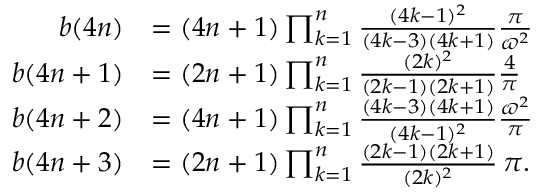
{ \begin{array} { r l } { b ( 4 n ) } & { = ( 4 n + 1 ) \prod _ { k = 1 } ^ { n } { \frac { ( 4 k - 1 ) ^ { 2 } } { ( 4 k - 3 ) ( 4 k + 1 ) } } { \frac { \pi } { \varpi ^ { 2 } } } } \\ { b ( 4 n + 1 ) } & { = ( 2 n + 1 ) \prod _ { k = 1 } ^ { n } { \frac { ( 2 k ) ^ { 2 } } { ( 2 k - 1 ) ( 2 k + 1 ) } } { \frac { 4 } { \pi } } } \\ { b ( 4 n + 2 ) } & { = ( 4 n + 1 ) \prod _ { k = 1 } ^ { n } { \frac { ( 4 k - 3 ) ( 4 k + 1 ) } { ( 4 k - 1 ) ^ { 2 } } } { \frac { \varpi ^ { 2 } } { \pi } } } \\ { b ( 4 n + 3 ) } & { = ( 2 n + 1 ) \prod _ { k = 1 } ^ { n } { \frac { ( 2 k - 1 ) ( 2 k + 1 ) } { ( 2 k ) ^ { 2 } } } \, \pi . } \end{array} }